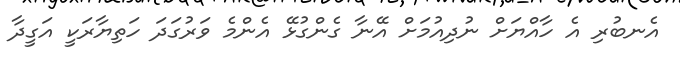
އެނބުރި އެ ހާއްޔަށް ނުދިއުމަށް އޭނާ ގެންގުޅޭ އެންމެ ވަރުގަދަ ހަތިޔާރަކީ އަގީދާ